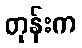
တုန်းက